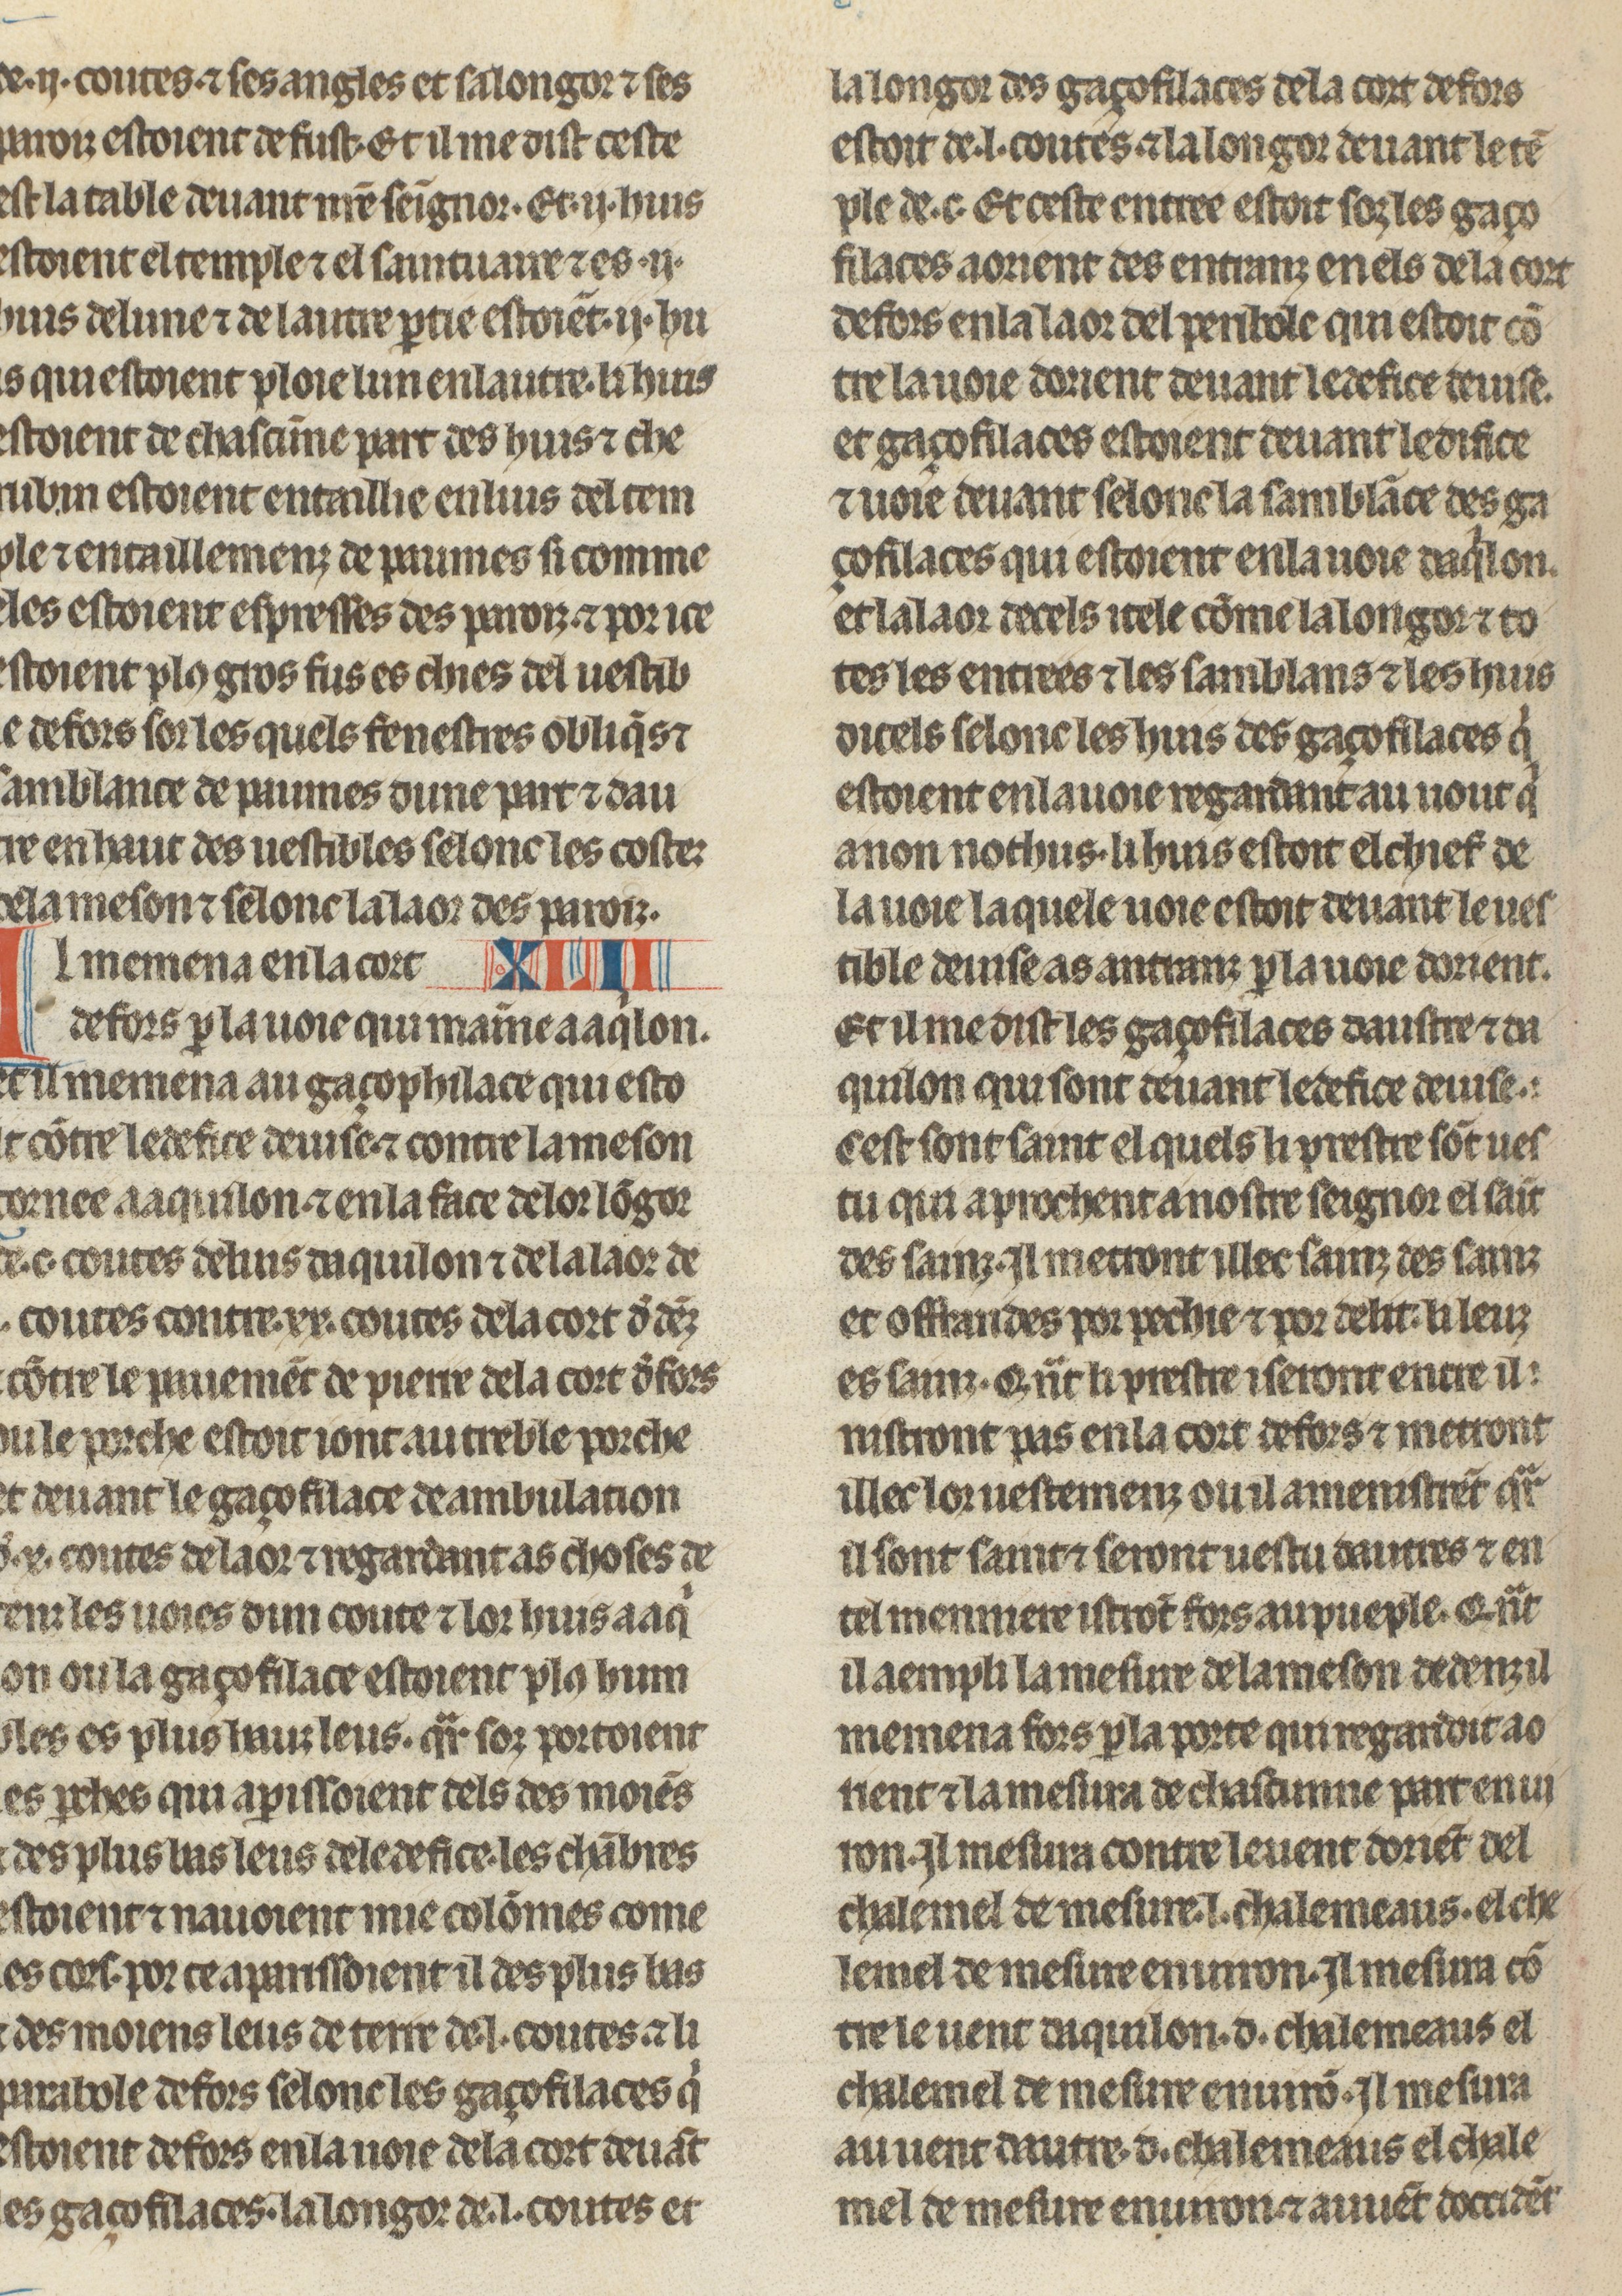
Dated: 1260–1269